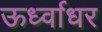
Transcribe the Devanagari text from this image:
ऊर्ध्‍वाधर